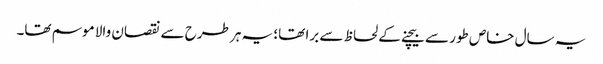
یہ سال خاص طور سے بیچنے کے لحاظ سے برا تھا؛ یہ ہر طرح سے نقصان والا موسم تھا۔